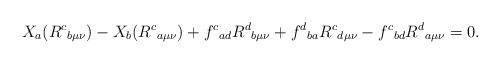
\begin{align*}X_{a}(R^{c}{}_{b \mu \nu}) - X_{b}(R^{c}{}_{a \mu \nu}) + f^{c}{}_{ad}R^{d}{}_{b \mu \nu} + f^{d}{}_{b a}R^{c}{}_{d \mu \nu} - f^{c}{}_{bd}R^{d}{}_{a \mu \nu} = 0.\end{align*}